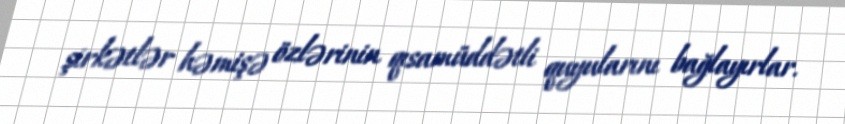
şirkətlər həmişə özlərinin qısamüddətli quyularını bağlayırlar.